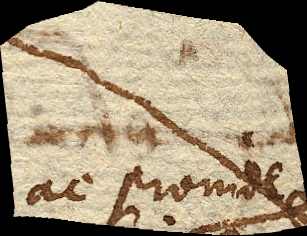
ac proinde